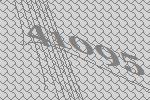
41095